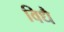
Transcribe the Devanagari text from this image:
विधै